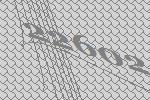
22602